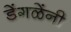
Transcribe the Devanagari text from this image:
डेंगळेंनी